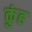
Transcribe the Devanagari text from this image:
कुंह